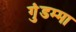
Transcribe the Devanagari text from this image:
गुंडम्मा